Vaccination report Assam 1896-1927 - 1896-1927
Year: 1896
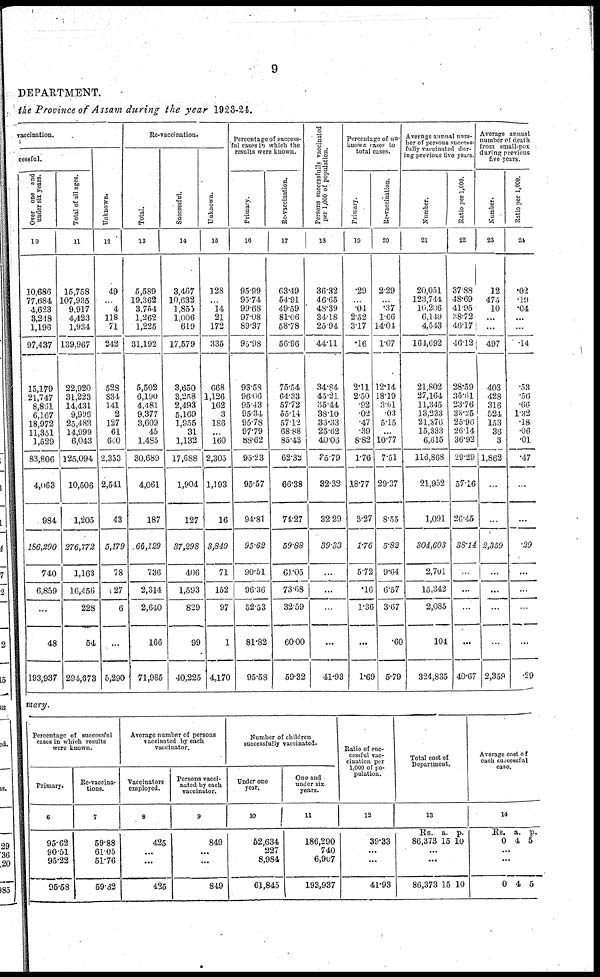
9
DEPARTMENT.
the Province of Assam during the year 1923-24.
vaccination.
cessful.
Over one and
under six years.
10
10,686
77,684
4,623
3,248
1,196
97,437
15,179
21,747
8,861
6,167
18,972
11,351
1,529
83,806
4,063
984
186,290
740
6,859
...
48
193,937
Total of all ages.
11
15,758
107,935
9,917
4,423
1,934
139,967
22,920
31,223
14,431
9,996
25,482
14,999
6,043
125,094
10,506
1,205
276,772
1,163
16,456
228
54
294,673
Unknown.
12
49
...
4
118
71
242
528
834
141
2
127
61
600
2,353
2,541
43
5,179
78
27
6
...
5,290
Re-vaccination.
Total.
13
5,589
19,362
3,754
1,262
1,225
31,192
5,502
6,190
4,481
9,377
3,609
45
1,485
30,689
4,061
187
66,129
736
2,314
2,640
166
71,985
Successful.
14
3,467
10,632
1,855
1,006
619
17,579
3,650
3,258
2,493
5,169
1,955
31
1,132
17,688
1,904
127
37,298
406
1,593
829
99
40,225
Unknown.
15
128
...
14
21
172
335
668
1,126
162
3
186
...
160
2,305
1,193
16
3,849
71
152
97
1
4,170
Percentage of success-
ful cases in which the
results were known.
Primary.
16
95.99
95.74
99.68
97.08
89.37
95.98
93.58
96.06
95.43
95.34
95.78
97.79
88.62
95.23
95.57
94.81
95.62
90.51
96.36
52.53
81.82
95.58
Re-vaccination.
17
63.49
54.91
49.59
81.06
58.78
56.96
75.54
64.33
57.72
55.14
57.12
68.88
85.43
62.32
66.38
74.27
59.88
61.05
73.68
32.59
60.00
59.32
Persons successfully vaccinated
per 1,000 of population.
18
36.32
46.65
48.39
34.18
25.94
44.11
34.84
45.21
35.44
38.10
33.33
25.62
40.06
35.79
32.32
32.29
39.33
...
...
...
...
41.93
Percentage of un¬
known cases to
total cases.
Primary.
19
.29
...
.04
2.52
3.17
.16
2.11
2.50
.92
.02
.47
.39
8.82
1.76
18.77
3.27
1.76
5.72
.16
1.36
...
1.69
Re-vaccination.
20
2.29
...
.37
1.66
14.04
1.07
12.14
18.19
3.61
.03
5.15
...
10.77
7.51
29.37
8.55
5.82
9.64
6.57
3.67
.60
5.79
Average annual num-
ber of persons success-
fully vaccinated dur-
ing previous five years
Number.
21
20,051
123,744
16,206
6,149
4,543
164,692
21,802
27,164
11,345
13,233
21,376
15,333
6,615
116,868
21,952
1,091
304,603
2,701
15,342
2,085
104
324,835
Ratio per 1,000.
22
37.88
48.69
41.95
38.72
46.17
46.12
28.59
35.61
23.76
38.25
25.96
26.14
36.92
29.29
57.16
26.45
38.14
...
...
...
...
40.67
Average annual
number of death
from small-pox
during previous
five years.
Number.
23
12
475
10
...
...
497
403
428
316
524
153
36
3
1,862
...
...
2,359
...
...
...
...
2,359
Ratio per 1,000.
24
.02
.19
.04
...
...
.14
.53
.56
.66
1.32
.18
.06
.01
.47
...
...
.29
...
...
...
...
.29
mary.
Percentage of successful
cases in which results
were known.
Primary.
6
95.62
90.51
95.22
95.58
Re-vaccina-
tions.
7
59.88
61.05
51.76
59.32
Average number of persons
vaccinated by each
vaccinator.
Vaccinators
employed.
8
425
...
...
425
Persons vacci-
nated by each
vaccinator.
9
849
...
...
849
Number of children
successfully vaccinated.
Under one
year.
10
52,634
227
8,984
61,845
One and
under six
years.
11
186,290
740
6,907
193,937
Ratio of suc-
cessful vac-
cination per
1,000 of po-
pulation.
12
39.33
...
...
41.93
Total cost of
Department.
13
Rs.
86,373
a.
15
p.
10
...
...
86,373 15 10
Average cost of
each successful
case.
14
Rs.
0
a.
4
p.
5
...
...
0 4 5